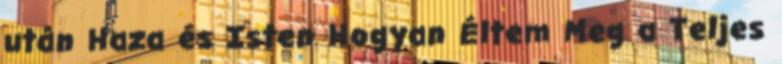
után Haza és Isten Hogyan Éltem Meg a Teljes